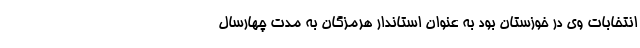
انتخابات وی در خوزستان بود به عنوان استاندار هرمزگان به مدت چهارسال